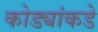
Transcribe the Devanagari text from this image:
कोड्यांकडे